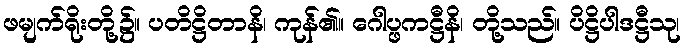
ဖမျက်ရိုးတို့၌။ ပတိဋ္ဌိတာနိ၊ ကုန်၏။ ဂေါပ္ဖကဋ္ဌီနိ၊ တို့သည်။ ပိဋ္ဌိပါဒဋ္ဌီသု၊